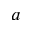
a